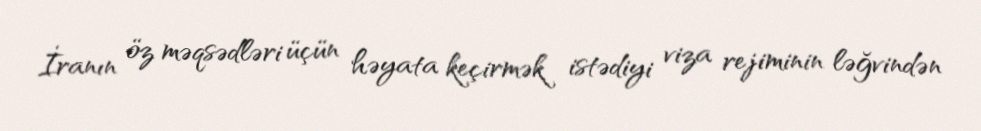
İranın öz məqsədləri üçün həyata keçirmək istədiyi viza rejiminin ləğvindən